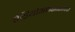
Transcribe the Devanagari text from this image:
रेडियोआइसोटोपिक